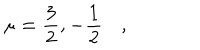
LaTeX: \mathbf { \mu = \frac { 3 } { 2 } , - \frac { 1 } { 2 } } \quad ,